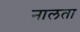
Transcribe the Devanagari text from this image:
नालता